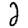
Digit: 2